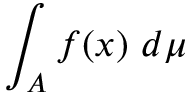
\int _ { A } f ( x ) \ d \mu